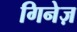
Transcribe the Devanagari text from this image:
गिनेज़